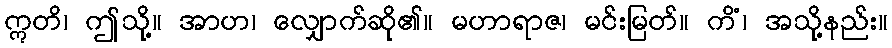
ဣတိ၊ ဤသို့။ အာဟ၊ လျှောက်ဆို၏။ မဟာရာဇ၊ မင်းမြတ်။ ကိံ၊ အသို့နည်း။